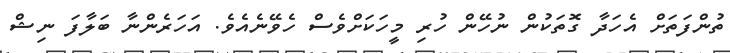
ތުންފަތަށް އެހަދާ ގޮތަކުން ނުހޭން ހުރި މީހަކަށްވެސް ހެވޭނެއެވެ. އަހަރެންނާ ބަލާފަ ނިޝް